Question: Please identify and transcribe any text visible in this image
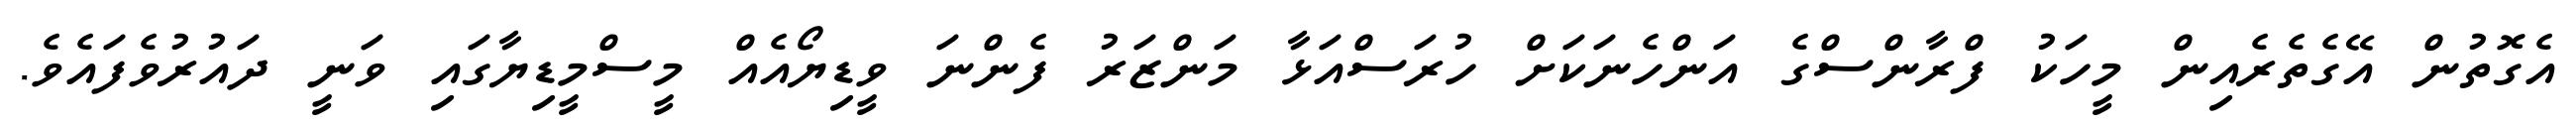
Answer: އެގޮތުން އޭގެތެރެއިން މީހަކު ފްރާންސްގެ އަންހެނަކަށް ހުރަސްއަޅާ މަންޒަރު ފެންނަ ވީޑިޔޯއެއް މީސްމީޑިޔާގައި ވަނީ ދައުރުވެފައެވެ.